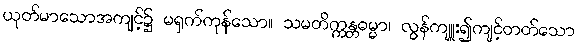
ယုတ်မာသောအကျင့်၌ မရှက်ကုန်သော။ သမတိက္ကန္တဓမ္မာ၊ လွန်ကျူး၍ကျင့်တတ်သော